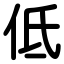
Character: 低